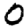
Digit: 0